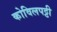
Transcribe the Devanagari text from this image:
कोविलपट्टी